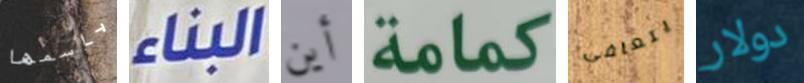
باسمها البناء أين كمامة يتعافى دولار